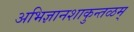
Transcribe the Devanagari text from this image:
अभिज्ञानशाकुन्तळम्